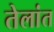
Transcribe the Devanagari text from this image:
तेलांत